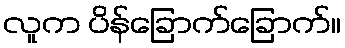
လူက ပိန်ခြောက်ခြောက်။